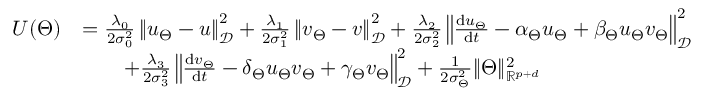
\begin{array} { r l } { U ( \Theta ) } & { = \frac { \lambda _ { 0 } } { 2 \sigma _ { 0 } ^ { 2 } } \left\| u _ { \Theta } - u \right\| _ { \mathcal { D } } ^ { 2 } + \frac { \lambda _ { 1 } } { 2 \sigma _ { 1 } ^ { 2 } } \left\| v _ { \Theta } - v \right\| _ { \mathcal { D } } ^ { 2 } + \frac { \lambda _ { 2 } } { 2 \sigma _ { 2 } ^ { 2 } } \left\| \frac { \mathrm { d } u _ { \Theta } } { \mathrm { d } t } - \alpha _ { \Theta } u _ { \Theta } + \beta _ { \Theta } u _ { \Theta } v _ { \Theta } \right\| _ { \mathcal { D } } ^ { 2 } } \\ & { \qquad + \frac { \lambda _ { 3 } } { 2 \sigma _ { 3 } ^ { 2 } } \left\| \frac { \mathrm { d } v _ { \Theta } } { \mathrm { d } t } - \delta _ { \Theta } u _ { \Theta } v _ { \Theta } + \gamma _ { \Theta } v _ { \Theta } \right\| _ { \mathcal { D } } ^ { 2 } + \frac { 1 } { 2 \sigma _ { \Theta } ^ { 2 } } \| \Theta \| _ { \mathbb { R } ^ { p + d } } ^ { 2 } } \end{array}